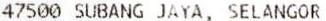
47500 SUBANG JAYA, SELANGOR